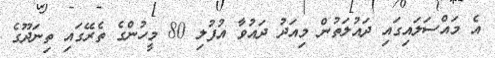
އެ މައްސަލައިގައި ދައުލަތުން މިއަދު ދައުވާ އުފުލި 80 މީހުންގެ ތެރޭގައި ތިނަދޫގެ